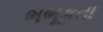
ભભૂકતા